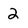
Character: 2